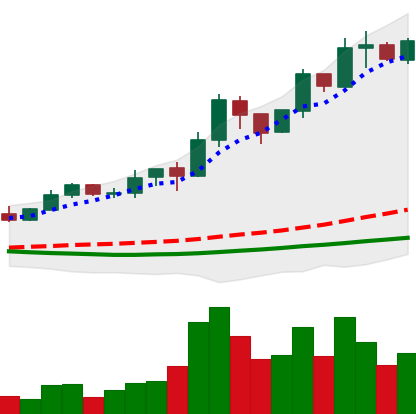
Ticker: ADA-USD
Chart end date: 2019-04-01
Forward return: 24.829%
Label: up_7plus